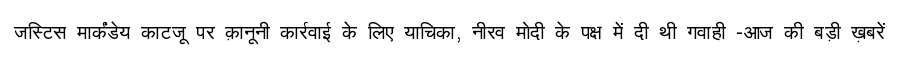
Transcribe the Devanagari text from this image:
जस्टिस मार्कंडेय काटजू पर क़ानूनी कार्रवाई के लिए याचिका, नीरव मोदी के पक्ष में दी थी गवाही -आज की बड़ी ख़बरें